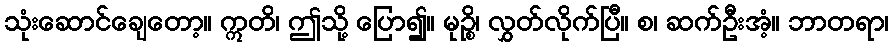
သုံးဆောင်ချေတော့။ ဣတိ၊ ဤသို့ ပြော၍။ မုဉ္စိ၊ လွှတ်လိုက်ပြီ။ စ၊ ဆက်ဦးအံ့။ ဘာတရာ၊